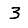
Digit: 3